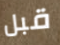
قبل